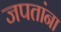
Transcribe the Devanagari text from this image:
जपतांना